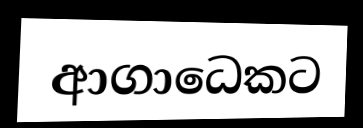
ආගාධෙකට